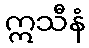
ဣသီနံ